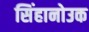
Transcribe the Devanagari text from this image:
सिंहानोउक